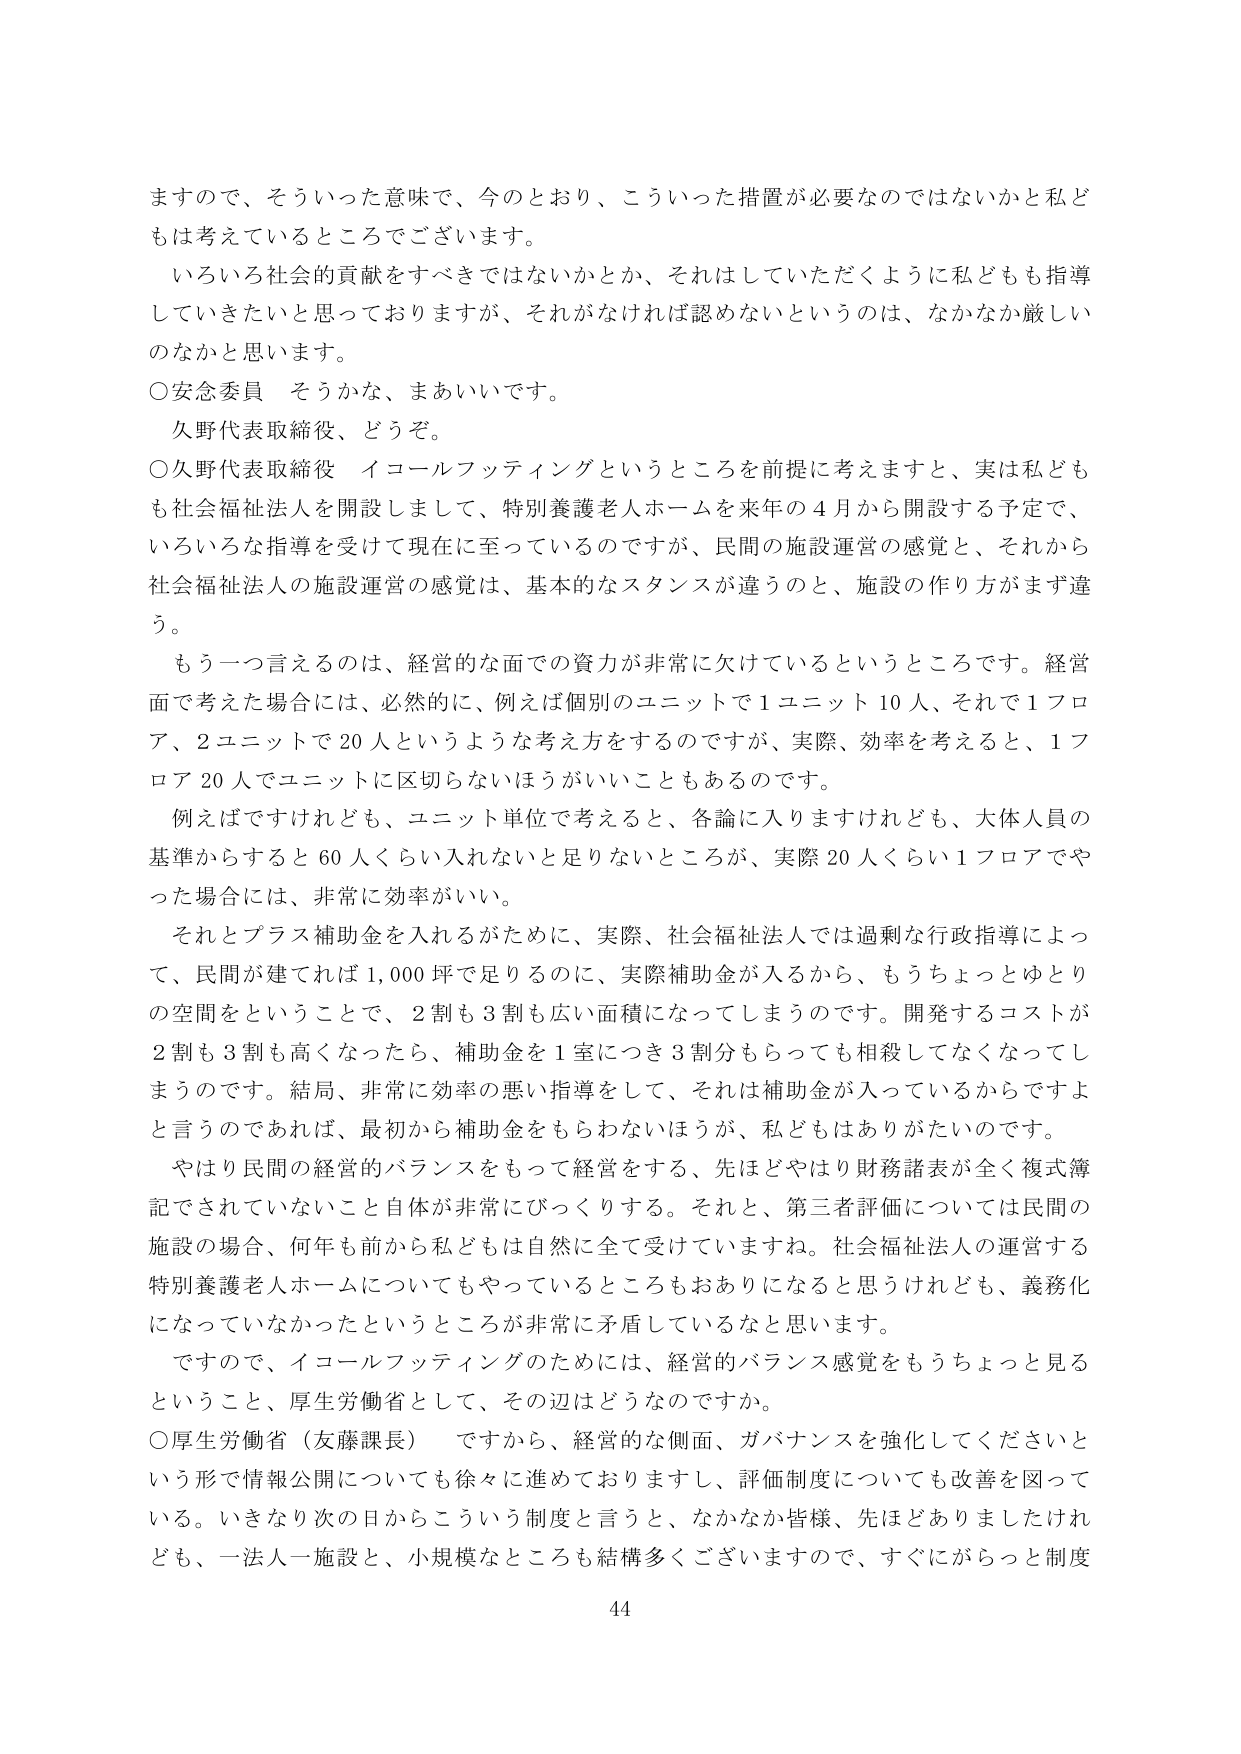
ますので、そういった意味で、今のとおり、こういった措置が必要なのではないかと私どもは考えているところでございます。

いろいろ社会的貢献をすべきではないかとか、それはしていただくように私どもも指導していきたいと思っておりますが、それがなければ認めないというのは、なかなか厳しいのなかと思います。

○安念委員　そうかな、まあいいです。

久野代表取締役、どうぞ。

○久野代表取締役　イコールフッティングというところを前提に考えますと、実は私どもも社会福祉法人を開設しまして、特別養護老人ホームを来年の４月から開設する予定で、いろいろな指導を受けて現在に至っているのですが、民間の施設運営の感覚と、それから社会福祉法人の施設運営の感覚は、基本的なスタンスが違うのと、施設の作り方がまず違う。

もう一つ言えるのは、経営的な面での資力が非常に欠けているというところです。経営面で考えた場合には、必然的に、例えば個別のユニットで１ユニット10人、それで１フロア、２ユニットで20人というような考え方をするのですが、実際、効率を考えると、１フロア20人でユニットに区切らないほうがいいこともあるのです。

例えばですけれども、ユニット単位で考えると、各論に入りますけれども、大体人員の基準からすると60人くらい入れないと足りないところが、実際20人くらい１フロアでやった場合には、非常に効率がいい。

それとプラス補助金を入れるがために、実際、社会福祉法人では過剰な行政指導によって、民間が建てれば1,000坪で足りるのに、実際補助金が入るから、もうちょっとゆとりの空間をということで、２割も３割も広い面積になってしまいます。開発するコストが２割も３割も高くなったら、補助金を１室につき３割分もらっても相殺してなくなってしまうのです。結局、非常に効率の悪い指導をして、それは補助金が入っているからですよと言うのであれば、最初から補助金をもらわないほうが、私どもはありがたいのです。

やはり民間の経営的バランスをもって経営をする、先ほどやはり財務諸表が全く複式簿記でされていないこと自体が非常にびっくりする。それと、第三者評価については民間の施設の場合、何年も前から私どもは自然に全て受けていますね。社会福祉法人の運営する特別養護老人ホームについてもやっているところもおありになると思うけれども、義務化になっていなかったというところが非常に矛盾しているなと思います。

ですので、イコールフッティングのためには、経営的バランス感覚をもうちょっと見るということ、厚生労働省として、その辺はどうなのですか。

○厚生労働省（友藤課長）　ですから、経営的な側面、ガバナンスを強化してくださいという形で情報公開についても徐々に進めておりますし、評価制度についても改善を図っている。いきなり次の日からこういう制度と言うと、なかなか皆様、先ほどありましたけれども、一法人一施設と、小規模なところも結構多くございますので、すぐにがらっと制度

44